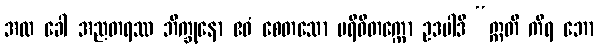
အထ ခေါ အညတရဿ ဘိက္ခုနော ဧဝံ စေတသော ပရိဝိတက္ကော ဥဒပါဒိ “ဣတိ ကိရ ဘော